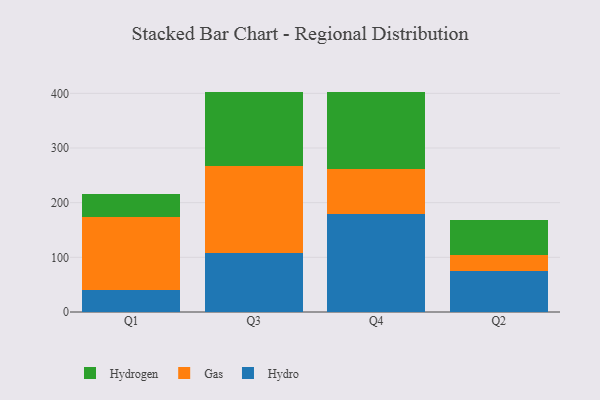
{"axis": {"x": "Quarter", "y": "Operating Costs (USD K)"}, "legend": ["Gas", "Hydro", "Hydrogen"], "data": [{"x": "Q1", "y": 41.1, "type": "Hydro"}, {"x": "Q1", "y": 133.5, "type": "Gas"}, {"x": "Q1", "y": 40.8, "type": "Hydrogen"}, {"x": "Q3", "y": 108.7, "type": "Hydro"}, {"x": "Q3", "y": 158.1, "type": "Gas"}, {"x": "Q3", "y": 136.1, "type": "Hydrogen"}, {"x": "Q4", "y": 178.4, "type": "Hydro"}, {"x": "Q4", "y": 83.8, "type": "Gas"}, {"x": "Q4", "y": 141.0, "type": "Hydrogen"}, {"x": "Q2", "y": 75.4, "type": "Hydro"}, {"x": "Q2", "y": 28.1, "type": "Gas"}, {"x": "Q2", "y": 64.8, "type": "Hydrogen"}]}